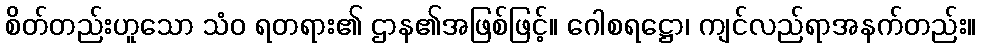
စိတ်တည်းဟူသော သံဝ ရတရား၏ ဌာန၏အဖြစ်ဖြင့်။ ဂေါစရဋ္ဌော၊ ကျင်လည်ရာအနက်တည်း။